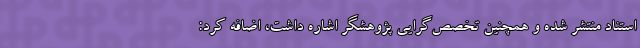
استناد منتشر شده و همچنین تخصص‌گرایی پژوهشگر اشاره داشت، اضافه کرد: